Malaria in the Punjab - Number 46
Disease focus: Malaria
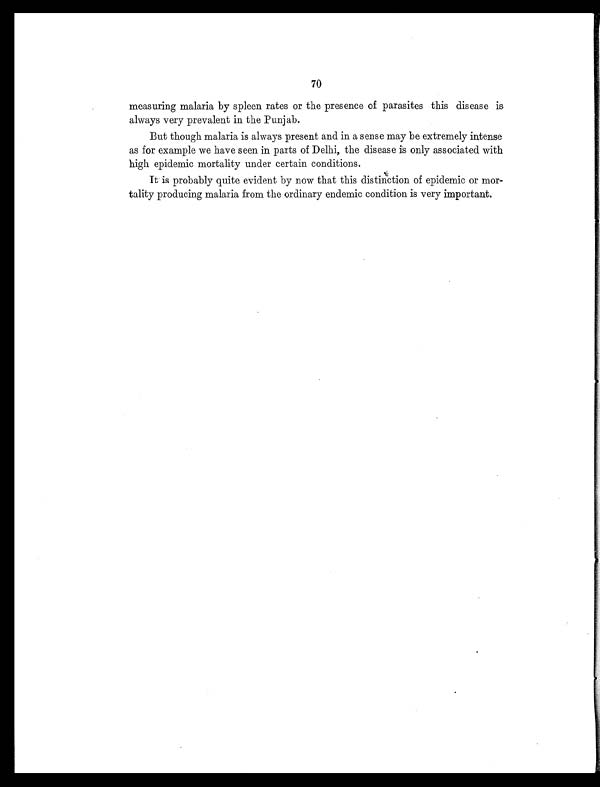
70
measuring malaria by spleen rates or the presence or parasites this disease is
always very prevalent in the Punjab.
But though malaria is always present and in a sense may be extremely intense
as for example we have seen in parts of Delhi, the disease is only associated with
high epidemic mortality under certain conditions.
It is probably quite evident by now that this distinction of epidemic or mor-
tality producing malaria from the ordinary endemic condition is very important.